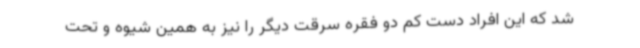
شد که این افراد دست کم دو فقره سرقت دیگر را نیز به همین شیوه و تحت